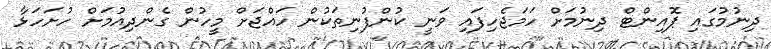
ދިނުމުގައި ޕޮއިންޓް ދިނުމަށް ހަމަޖެހިފައި ވަނީ ކުންފުނިތަކުން ހައްޖަށް މީހުން ގެންދިއުމަށް ހުށަހަޅާ